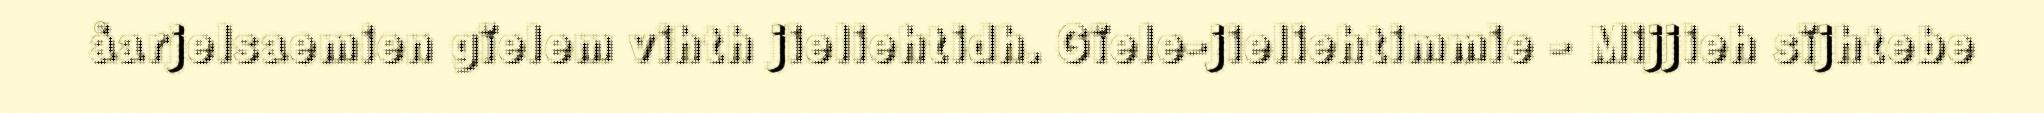
åarjelsaemien gïelem vihth jieliehtidh. Gïele-jieliehtimmie - Mijjieh sïjhtebe